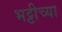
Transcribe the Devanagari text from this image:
भट्टीच्या